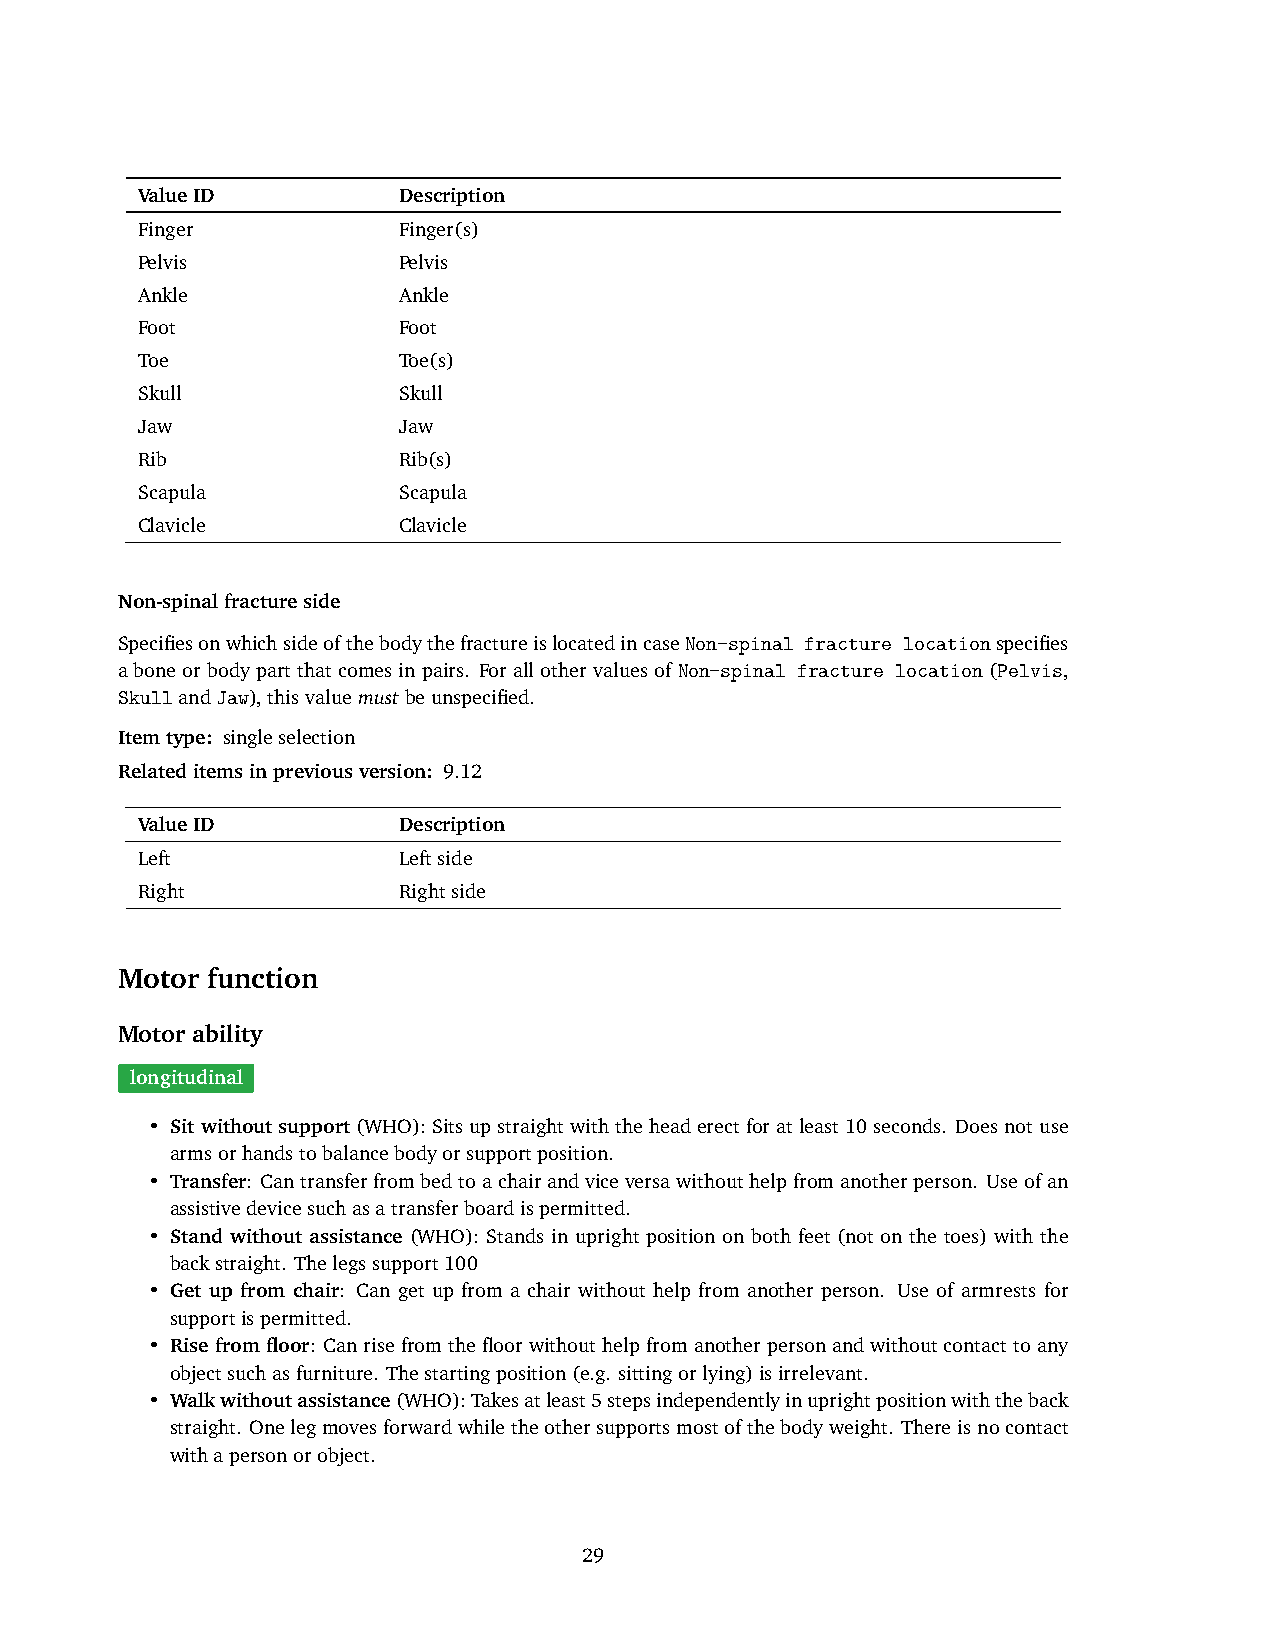
ValueID          Description
 Finger           Finger(s)
 Pelvis           Pelvis
 Ankle            Ankle
 Foot             Foot
 Toe              Toe(s)
 Skull            Skull
 Jaw              Jaw
 Rib              Rib(s)
 Scapula          Scapula
 Clavicle         Clavicle
 Non-spinalfractureside
 SpecifiesonwhichsideofthebodythefractureislocatedincaseNon-spinal fracture locationspecifies
 aboneorbodypartthatcomesinpairs. ForallothervaluesofNon-spinal fracture location(Pelvis,
 SkullandJaw),thisvaluemustbeunspecified.
 Itemtype: singleselection
 Relateditemsinpreviousversion: 9.12
 ValueID          Description
 Left             Leftside
 Right            Rightside
 Motor function
 Motor ability
 longitudinal
 • Sit without support(WHO):Sitsupstraightwiththeheaderectforatleast10seconds. Doesnotuse
 armsorhandstobalancebodyorsupportposition.
 • Transfer: Cantransferfrombedtoachairandviceversawithouthelpfromanotherperson. Useofan
 assistivedevicesuchasatransferboardispermitted.
 • Stand without assistance (WHO): Stands in upright position on both feet (not on the toes) with the
 backstraight. Thelegssupport100
 • Get up from chair: Can get up from a chair without help from another person. Use of armrests for
 supportispermitted.
 • Rise from floor: Canrisefromthefloorwithouthelpfromanotherpersonandwithoutcontacttoany
 objectsuchasfurniture. Thestartingposition(e.g. sittingorlying)isirrelevant.
 • Walkwithoutassistance(WHO):Takesatleast5stepsindependentlyinuprightpositionwiththeback
 straight. Onelegmovesforwardwhiletheothersupportsmostofthebodyweight. Thereisnocontact
 withapersonorobject.
 29